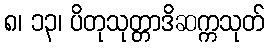
၈၊ ၁၃၊ ပိတုသုတ္တာဒိဆက္ကသုတ်